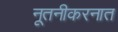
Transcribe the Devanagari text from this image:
नूतनीकरनात